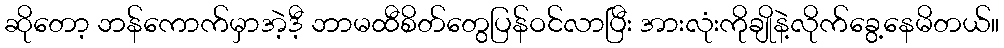
ဆိုတော့ ဘန်ကောက်မှာအဲ့ဒီ့ ဘာမထီစိတ်တွေပြန်ဝင်လာပြီး အားလုံးကိုချိုနဲ့လိုက်ခွေ့နေမိတယ်။